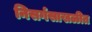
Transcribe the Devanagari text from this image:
निसर्गसाखळीत